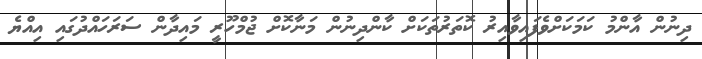
ދިނުން އާންމު ކަމަކަށްވެފައިވާއިރު ކޮތަރުތަކަށް ކާންދިނުން މަނާކޮށް ޖުމްހޫރީ މައިދާން ސަރަހައްދުގައި އިއްޔެ